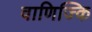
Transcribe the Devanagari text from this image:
वाणिज्कि